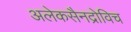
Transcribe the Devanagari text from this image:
अलेकसैनद्रोविच